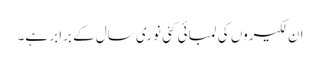
ان لکیروں کی لمبائی کئی نوری سال کے برابر ہے۔